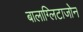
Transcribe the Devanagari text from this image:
बालाग्लिटाजोन